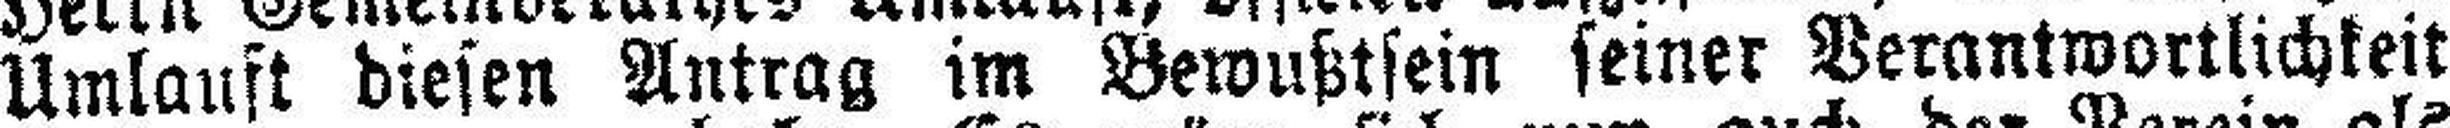
Umlauft diesen Antrag im Bewußtsein seiner Verantwortlichkeit